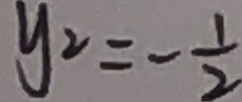
y 2 = - \frac { 1 } { 2 }